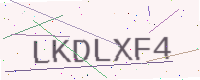
Text: LKDLXF4